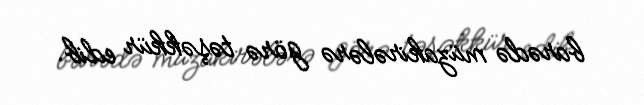
barədə müzakirələrə görə təşəkkür edib.